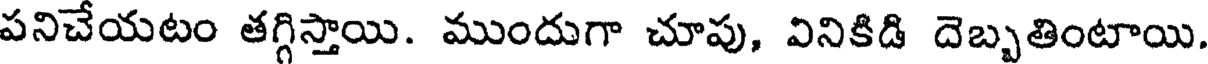
పనిచేయటం తగ్గిస్తాయి. ముందుగా చూపు, వినికిడి దెబ్బతింటాయి.